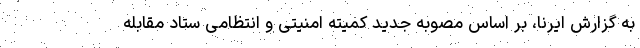
به گزارش ایرنا، بر اساس مصوبه جدید کمیته امنیتی و انتظامی ستاد مقابله